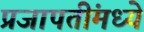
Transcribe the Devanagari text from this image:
प्रजापतींमध्ये